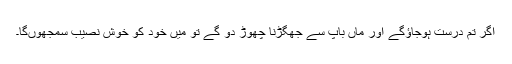
اگر تم درست ہوجاﺅگے اور ماں باپ سے جھگڑنا چھوڑ دو گے تو میں خود کو خوش نصیب سمجھوںگا۔